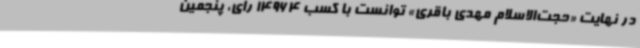
در نهایت «حجت‌الاسلام مهدی باقری» توانست با کسب 14964 رای، پنجمین